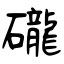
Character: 礲